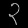
Digit: ၃